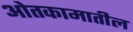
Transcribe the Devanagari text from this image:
ओतकामातील